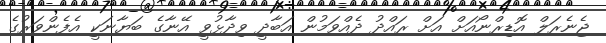
ޖެނެރަލް އޮޑިރްނޯއަށް އަށް ރައްދު ދެއްވަމުން އަބާދީ ވިދާޅުވީ އޭނާގެ ބަޔާނަކީ އެފެންވަރުގެ